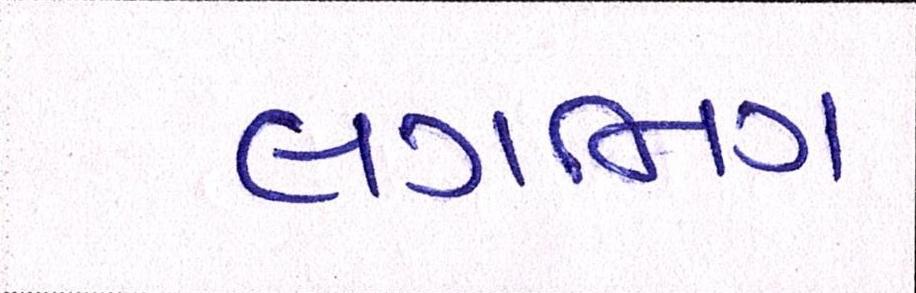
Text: લગભગ